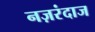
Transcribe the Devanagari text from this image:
नज़रंदाज